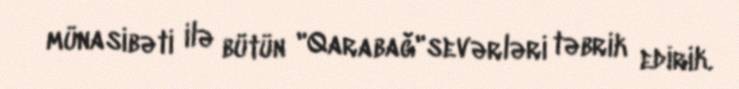
münasibəti ilə bütün "Qarabağ"sevərləri təbrik edirik.